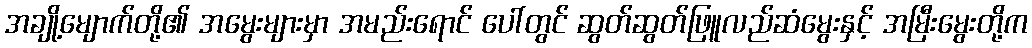
အချို့မျောက်တို့၏ အမွေးများမှာ အမည်းရောင် ပေါ်တွင် ဆွတ်ဆွတ်ဖြူလည်ဆံမွေးနှင့် အမြီးမွေးတို့က